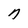
Character: n